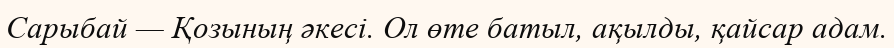
Сарыбай — Қозының әкесі. Ол өте батыл, ақылды, қайсар адам.